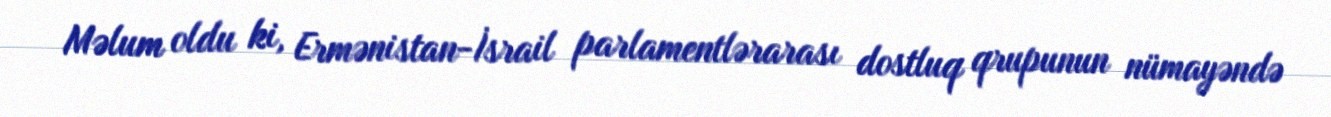
Məlum oldu ki, Ermənistan-İsrail parlamentlərarası dostluq qrupunun nümayəndə